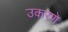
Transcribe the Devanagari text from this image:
उकरणे